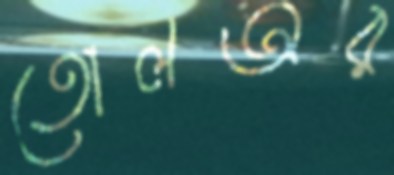
তোলঅর